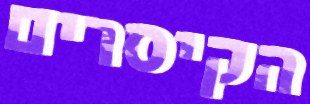
הקיסרים